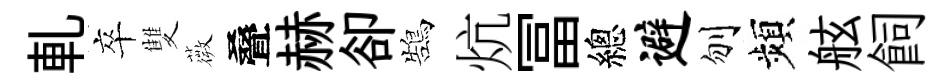
軋卒雙薇叠赫卻鵠炕冨總避刎頻舷飼